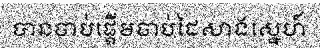
បានចាប់ផ្តើមចាប់ដៃសាងស្នេហ៍